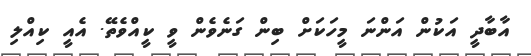
އާބާދީ އަކުން އަންނަ މީހަކަށް ބިން ގަނެވެން ވީ ކީއްވެތޭ. އެއީ ކިއްލި